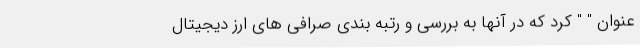
عنوان " " کرد که در آنها به بررسی و رتبه بندی صرافی های ارز دیجیتال